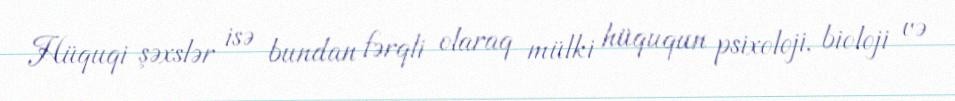
Hüquqi şəxslər isə bundan fərqli olaraq mülki hüququn psixoloji, bioloji və